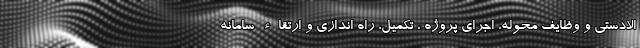
الادستی و وظایف محوله، اجرای پروژه ، تکمیل، راه اندازی و ارتقاء سامانه